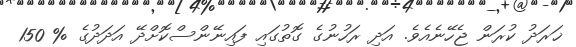
ޚަރަދު ކުރަން ޖެހޭނެއެވެ. އަދި ރަހުނުގެ ގޮތުގައި ފައިނޭންސްކޮށްދޭ އަދަދުގެ % 150